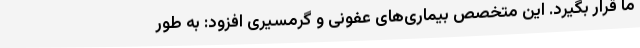
ما قرار بگیرد. این متخصص بیماری‌های عفونی و گرمسیری افزود: به طور